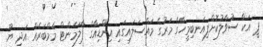
ޕީ އަކާ ސުވާލުކޮށްފިއަނބިމީހާގެ މަރުގެ މައްސަލައިގައި އިންޑިއާގެ ޕާލަމެންޓް މެމްބަރެއް އަދި ޔޫ.